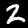
Label: 2